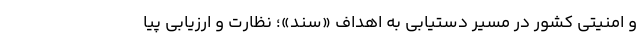
و امنیتی کشور در مسیر دستیابی به اهداف «سند»؛ نظارت و ارزیابی پیا